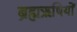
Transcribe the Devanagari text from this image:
ब्रह्मऋषियों